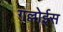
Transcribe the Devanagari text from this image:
गल्लोईस